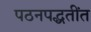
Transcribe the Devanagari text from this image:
पठनपद्धतींत